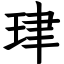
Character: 珒